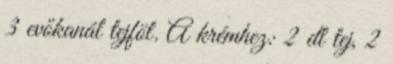
3 evőkanál tejföl. A krémhez: 2 dl tej, 2